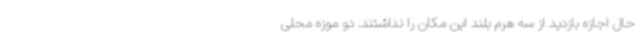
حال اجازه بازدید از سه هرم بلند این مکان را نداشتند. دو موزه محلی